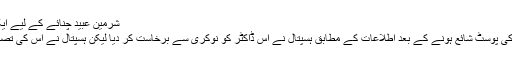
شرمین عبید چنائے کے لیے ایک اور ایوارڈ
شرمین عبید کی پوسٹ شائع ہونے کے بعد اطلاعات کے مطابق ہسپتال نے اس ڈاکٹر کو نوکری سے برخاست کر دیا لیکن ہسپتال نے اس کی تصدیق نہیں کی۔